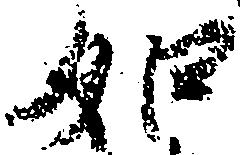
如